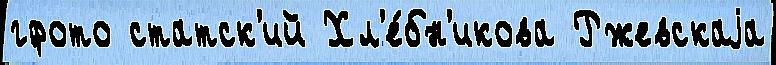
гфото статск'ий Хл'е́бн'икова Ржевскаjа